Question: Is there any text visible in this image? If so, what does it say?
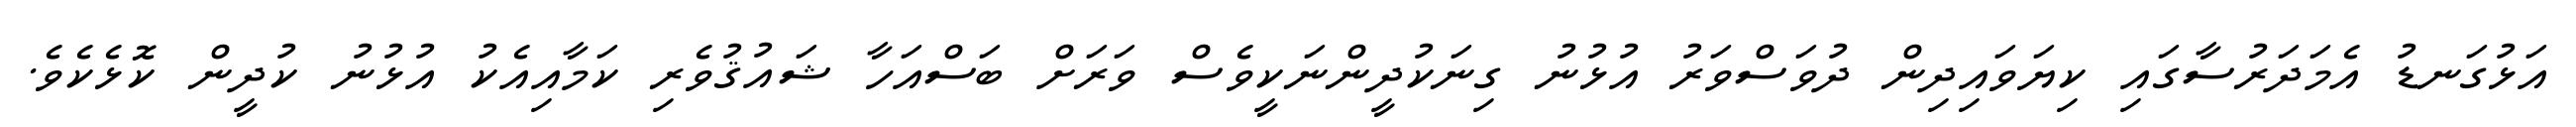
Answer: އަޅުގަނޑު އެމަދަރުސާގައި ކިޔަވައިދިން ދުވަސްވަރު އުޅުނު ގިނަކުދީންނަކީވެސް ވަރަށް ބަސްއަހާ ޝައުޤުވެރި ކަމާއިއެކު އުޅުނު ކުދީން ކޮޅެކެވެ.